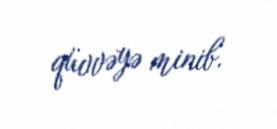
qüvvəyə minib.